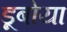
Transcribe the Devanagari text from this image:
डूबोया